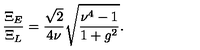
\frac { \Xi _ { E } } { \Xi _ { L } } = \frac { \sqrt { 2 } } { 4 \nu } \sqrt { \frac { \nu ^ { 4 } - 1 } { 1 + g ^ { 2 } } } .